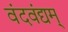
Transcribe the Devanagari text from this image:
वंदवंद्यम्